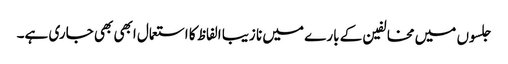
جلسوں میں مخالفین کے بارے میں نا زیبا الفاظ کا استعمال ابھی بھی جاری ہے۔